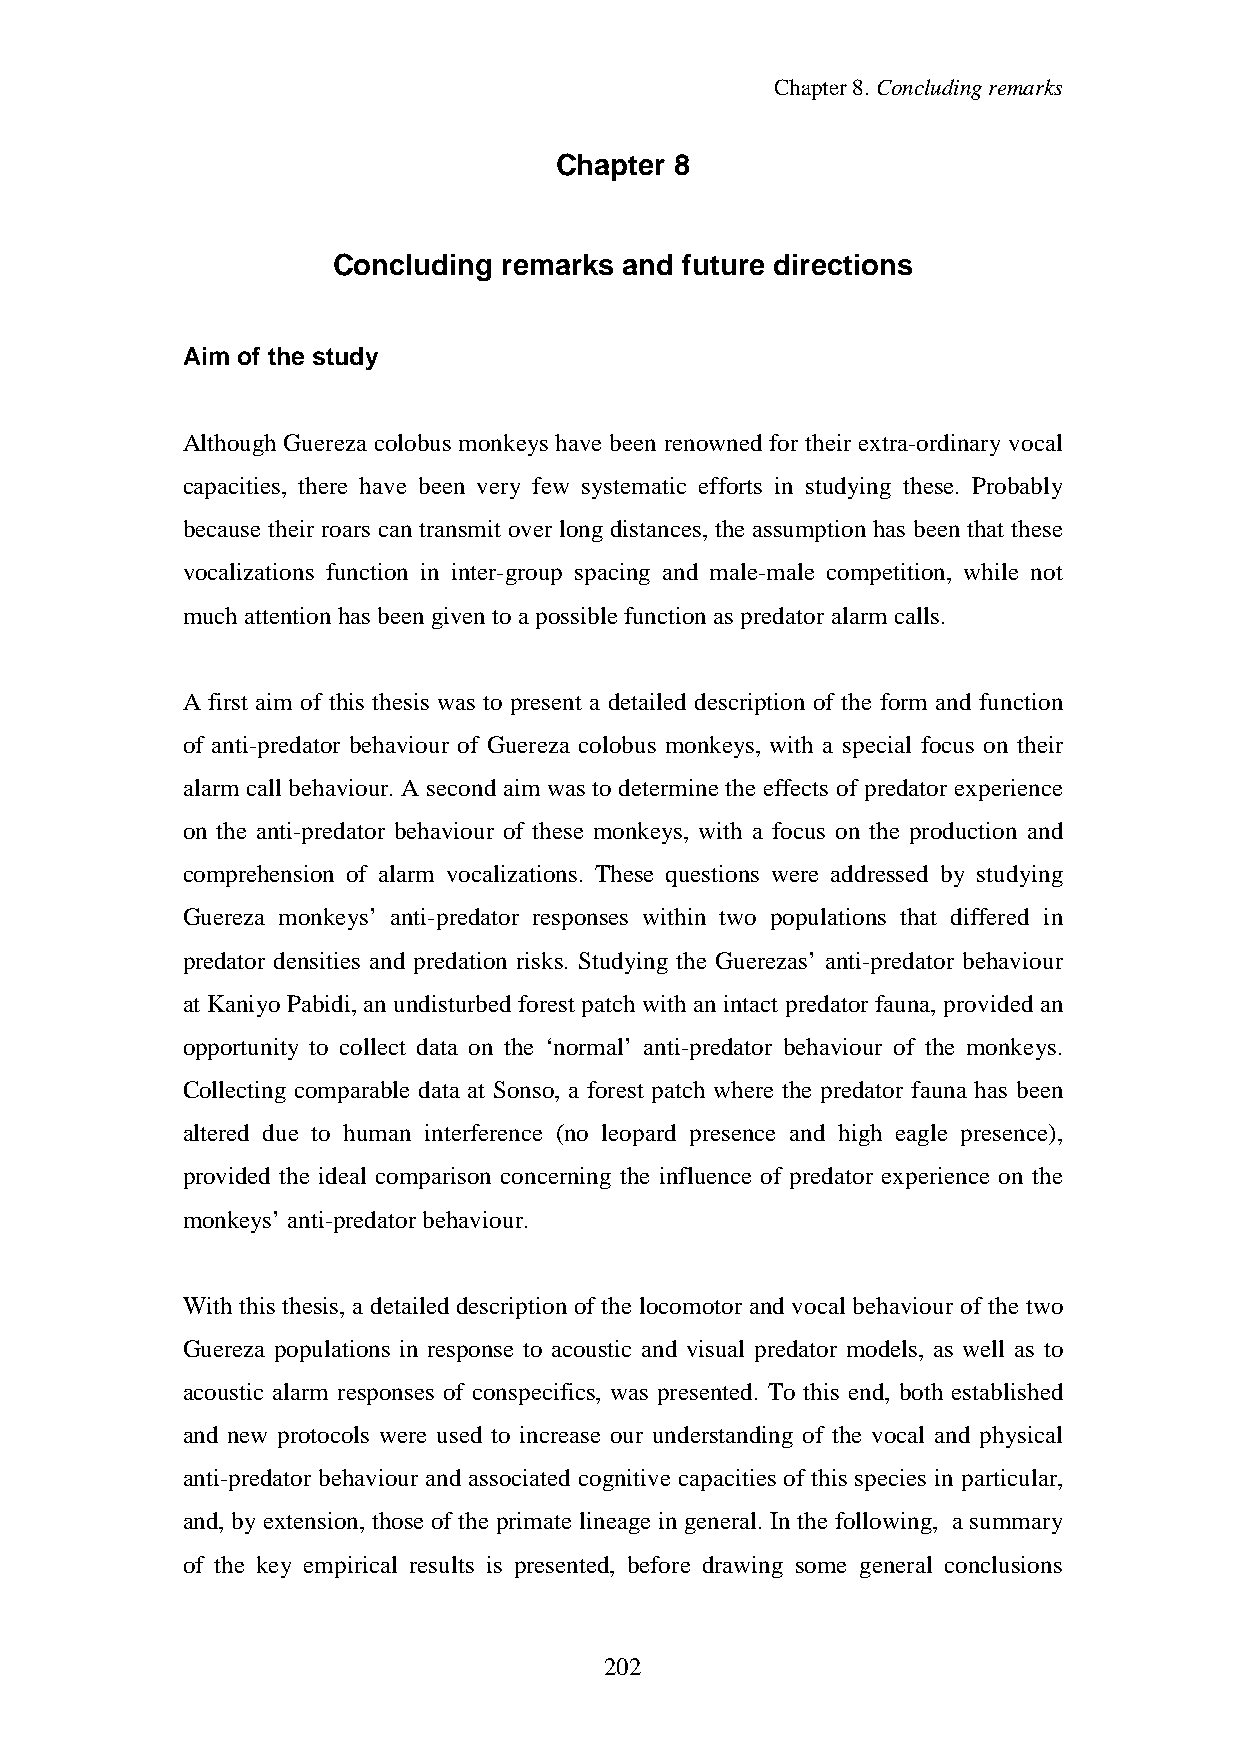
Chapter8.Concludingremarks
 Chapter 8
 Concluding remarks and future directions
 Aim of the study
 Although Guereza colobus monkeys have been renowned for their extra-ordinary vocal
 capacities, there have been very few systematic efforts in studying these. Probably
 because their roars can transmit over long distances, the assumption has been that these
 vocalizations function in inter-group spacing and male-male competition, while not
 muchattentionhas been giventoapossiblefunctionas predator alarm calls.
 A first aim of this thesis was to present a detailed description of the form and function
 of anti-predator behaviour of Guereza colobus monkeys, with a special focus on their
 alarm call behaviour. A second aim was to determine the effects of predator experience
 on the anti-predator behaviour of these monkeys, with a focus on the production and
 comprehension of alarm vocalizations. These questions were addressed by studying
 Guereza monkeys’ anti-predator responses within two populations that differed in
 predator densities and predation risks. Studying the Guerezas’ anti-predator behaviour
 at Kaniyo Pabidi, an undisturbed forest patch with an intact predator fauna, provided an
 opportunity to collect data on the ‘normal’ anti-predator behaviour of the monkeys.
 Collecting comparable data at Sonso, a forest patch where the predator fauna has been
 altered due to human interference (no leopard presence and high eagle presence),
 provided the ideal comparison concerning the influence of predator experience on the
 monkeys’ anti-predatorbehaviour.
 With this thesis, a detailed description of the locomotor and vocal behaviour of the two
 Guereza populations in response to acoustic and visual predator models, as well as to
 acoustic alarm responses of conspecifics, was presented. To this end, both established
 and new protocols were used to increase our understanding of the vocal and physical
 anti-predator behaviour and associated cognitive capacities of this species in particular,
 and, byextension, those of the primate lineage in general. In the following, a summary
 of the key empirical results is presented, before drawing some general conclusions
 202